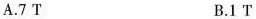
A.7T B.1T